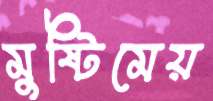
মুষ্টিমেয়